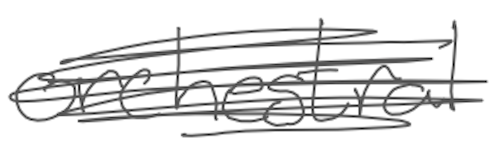
Text: orchestral
Cross-out: scratch
Writing tool: digital_gray